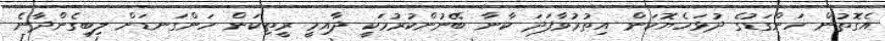
އެގޮތުން ހަންގަޑުގެ ދުޅަހެޔޮކަން އިތުރުވާފަދަ ކާނާ ބޭނުންކުރުމަކީ ދާއިމީ ރީތިކަން ހަންގަނޑަށް ލިބިގެންދާނެ